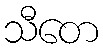
သီတေ